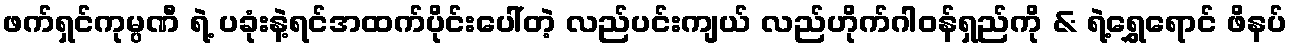
ဖက်ရှင်ကုမ္ပဏီ ရဲ့ ပခုံးနဲ့ရင်အထက်ပိုင်းပေါ်တဲ့ လည်ပင်းကျယ် လည်ဟိုက်ဂါဝန်ရှည်ကို & ရဲ့ရွှေရောင် ဖိနပ်